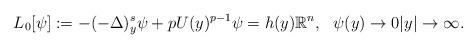
LaTeX: \begin{align*}L_0[\psi]:= -(-\Delta)^s_y\psi + pU(y)^{p-1}\psi = h(y)\mathbb{R}^n,~~\psi(y)\to 0|y|\to \infty.\end{align*}